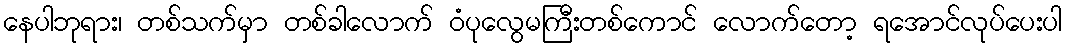
နေပါဘုရား၊ တစ်သက်မှာ တစ်ခါလောက် ဝံပုလွေမကြီးတစ်ကောင် လောက်တော့ ရအောင်လုပ်ပေးပါ